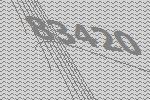
83420